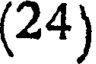
(24)